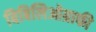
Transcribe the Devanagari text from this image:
बिबिलिओग्राफी